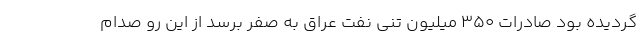
گرديده بود صادرات ۳۵۰ ميليون تني نفت عراق به صفر برسد از اين رو صدام